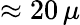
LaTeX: \approx 20\, \mu